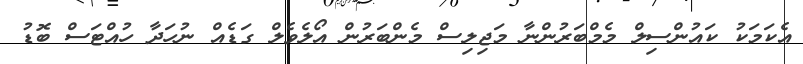
އެކަމަކު ކައުންސިލް މެމްބަރުންނާ މަޖިލިސް މެންބަރުން އޯލެވެލް ގަޑެއް ނުހަދާ ހުއްޓަސް ބޮޑު